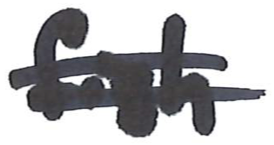
Text: fish
Cross-out: double-line
Writing tool: marker